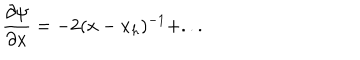
\frac { \partial \psi } { \partial x } = - 2 ( x - x _ { h } ) ^ { - 1 } + . . .